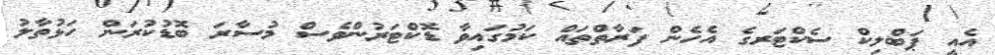
އެއީ ޕަބްލިކް ސެކްޓަރގެ އެހެން ފަރާތްތައް ކަމުގައިވާ ޑޮކްޓަރުންވެސް މުސާރަ ބޮޑުކުރަން ހަޅުތާލު